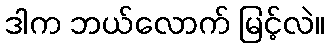
ဒါက ဘယ်လောက် မြင့်လဲ။